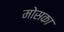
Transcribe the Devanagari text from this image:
मोसका